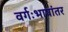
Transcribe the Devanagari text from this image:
वर्गःभाषांतर